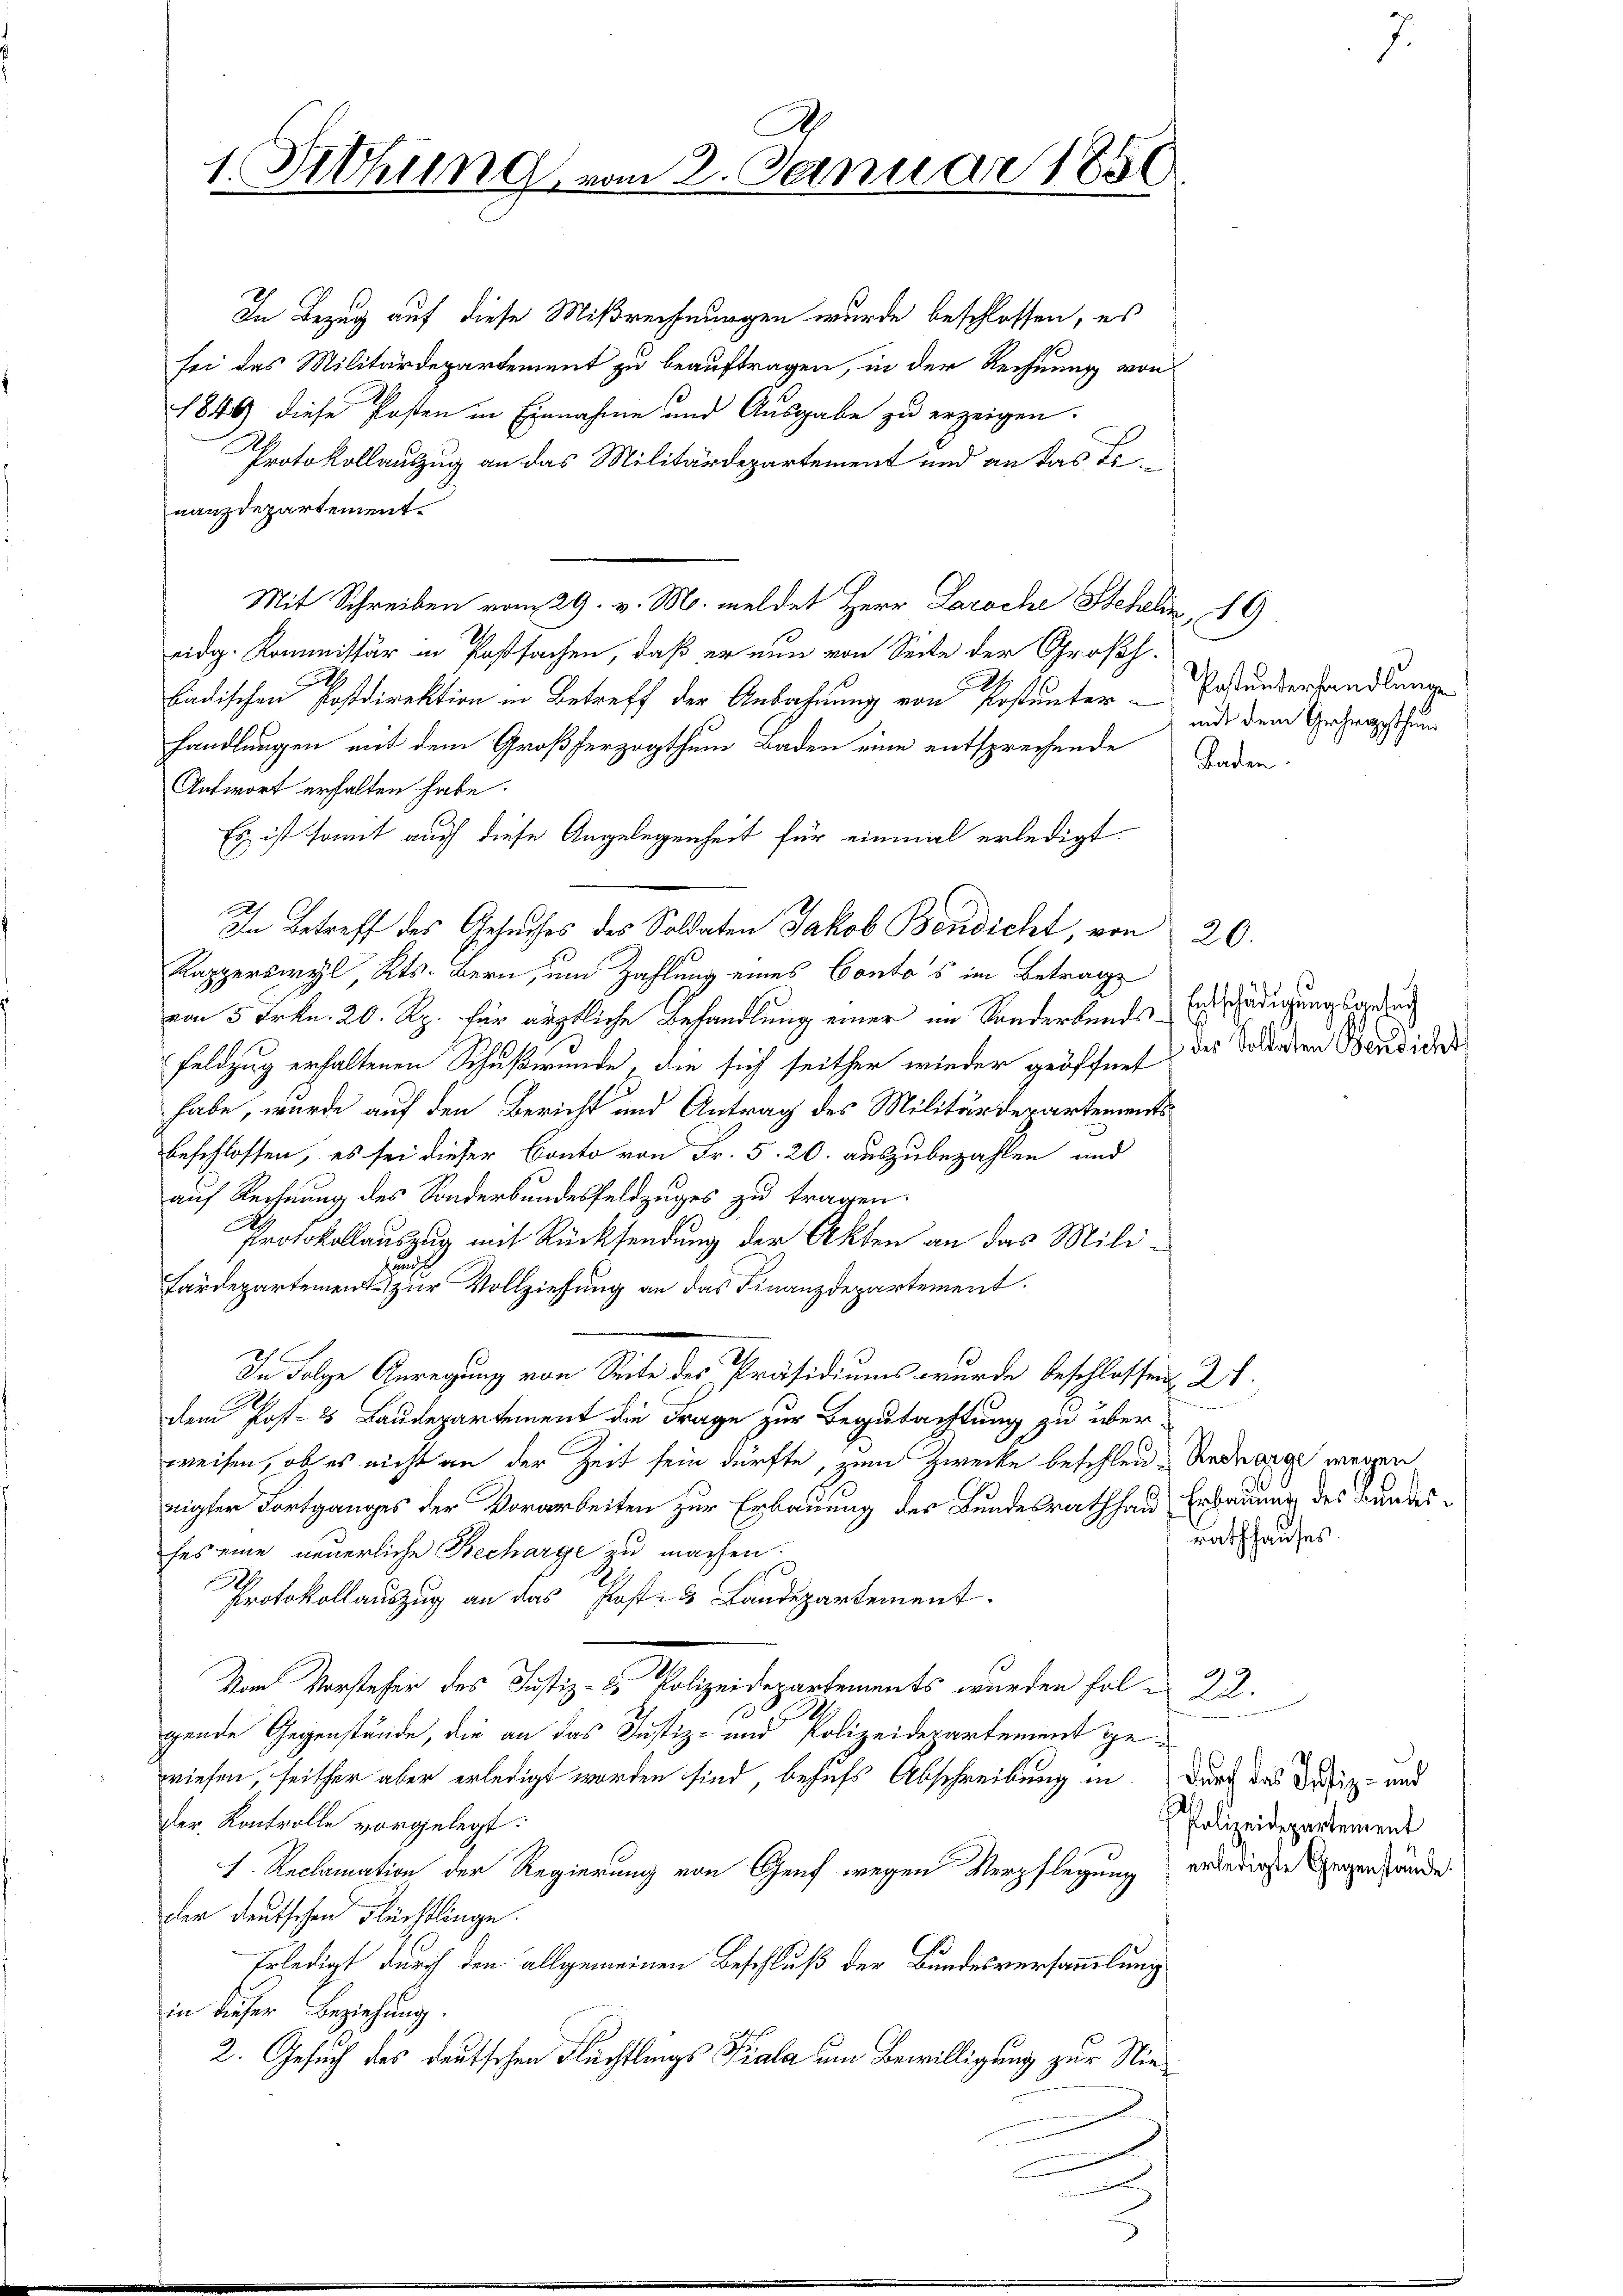
1. Sitzung vom 2. Januar 1856

In Bezug auf diese Mißrechnungen wurde beschlossen, es
sei das Militärdepartement zu beauftragen, in der Rechnung von
1846 diese Posten in Einnahme und Ausgabe zu erzeigen.
Protokollauszug an das Militärdepartement und an das Ernanzdepartement.
Mit Schreiben vom 29. v. M. meldet Herr Laroche Stehlin, 19
adg. Kommissär in Postsachen, daß er nun von Seite der Großh.
.
badischen Postdirektion in Betreff der Anbahnung von Post unterhandlungen mit dem Großherzogthum Baden eine entsprechende
Antwort erhalten habe.
Es ist somit auch diese Angelegenheit für einmal erledigt.
In Betreff des Gesuches des Soldaten Jakob Bendicht, von
Kapperswyl, Kts. Bern, um Zahlung eines Conto's im Betrage
von 5 Frkn. 20. Rp. für ärztliche Behandlung einer im Sonderbundes Entschädigungsgesuc
Feldzug erhaltenen Schußwunde, die sich seither wieder geöffnet des Morden Bandider
habe, wurde auf den Bericht und Antrag des Militärdepartements
beschlossen, es sei dieser Conto von Fr. 5. 20. auszubezahlen und
auf Rechnung des Sonderbundesfeldzuges zu tragen.
Protokollauszug mit Rücksendung der Akten an das Milizu
Färdepartement zur Vollziehung an das Finanzdepartement.
In Folge Anregung von Seite des Präsidiums wurde beschlossen, 21
dem Post- & Baudepartement die Frage zur Begutachtung zu über-
weisen, ob es nicht an der Zeit sein dürfte, zum Zwecke befehlen Antrag wegen
nigter Fortganges der Vorarbeiten zur Erbauung des Bundesrath han Erbauung des Bundesses eine neuerliche Becharge zu machen.
d
Protokollauszug an das Post- & Landepartement.
Vom Vorsteher des Justiz- & Polizeidepartements wurden fol. 22.
gende Gegenstände, die an das Justiz- und Polizeidepartement gewiesen, seither aber erledigt worden sind, behufs Abschreibung in durch das Defiz- und
der Kontrolle vorgelegt:
1. Reclamation der Regierung von Genf wegen Verpflegung andererste Gegenstände
der deutschen Flüchtlinge.
Erledigt durch den allgemeinen Beschluß der Bundesversammlung
in dieser Beziehung.
2. Gesuch des deutschen Flüchtlings Piala um Bewilligung zur Nie¬

Post unterhandlungen
mit dem Gehrggthum
Baden

20.

u

rathhauses.

Polizeidepartement